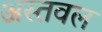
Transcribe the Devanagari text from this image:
अस्तवल